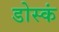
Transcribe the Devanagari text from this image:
डोस्कं